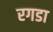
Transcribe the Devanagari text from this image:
रगडा